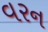
વરન